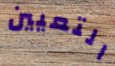
التعيين